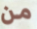
من